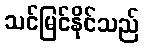
သင်မြင်နိုင်သည်